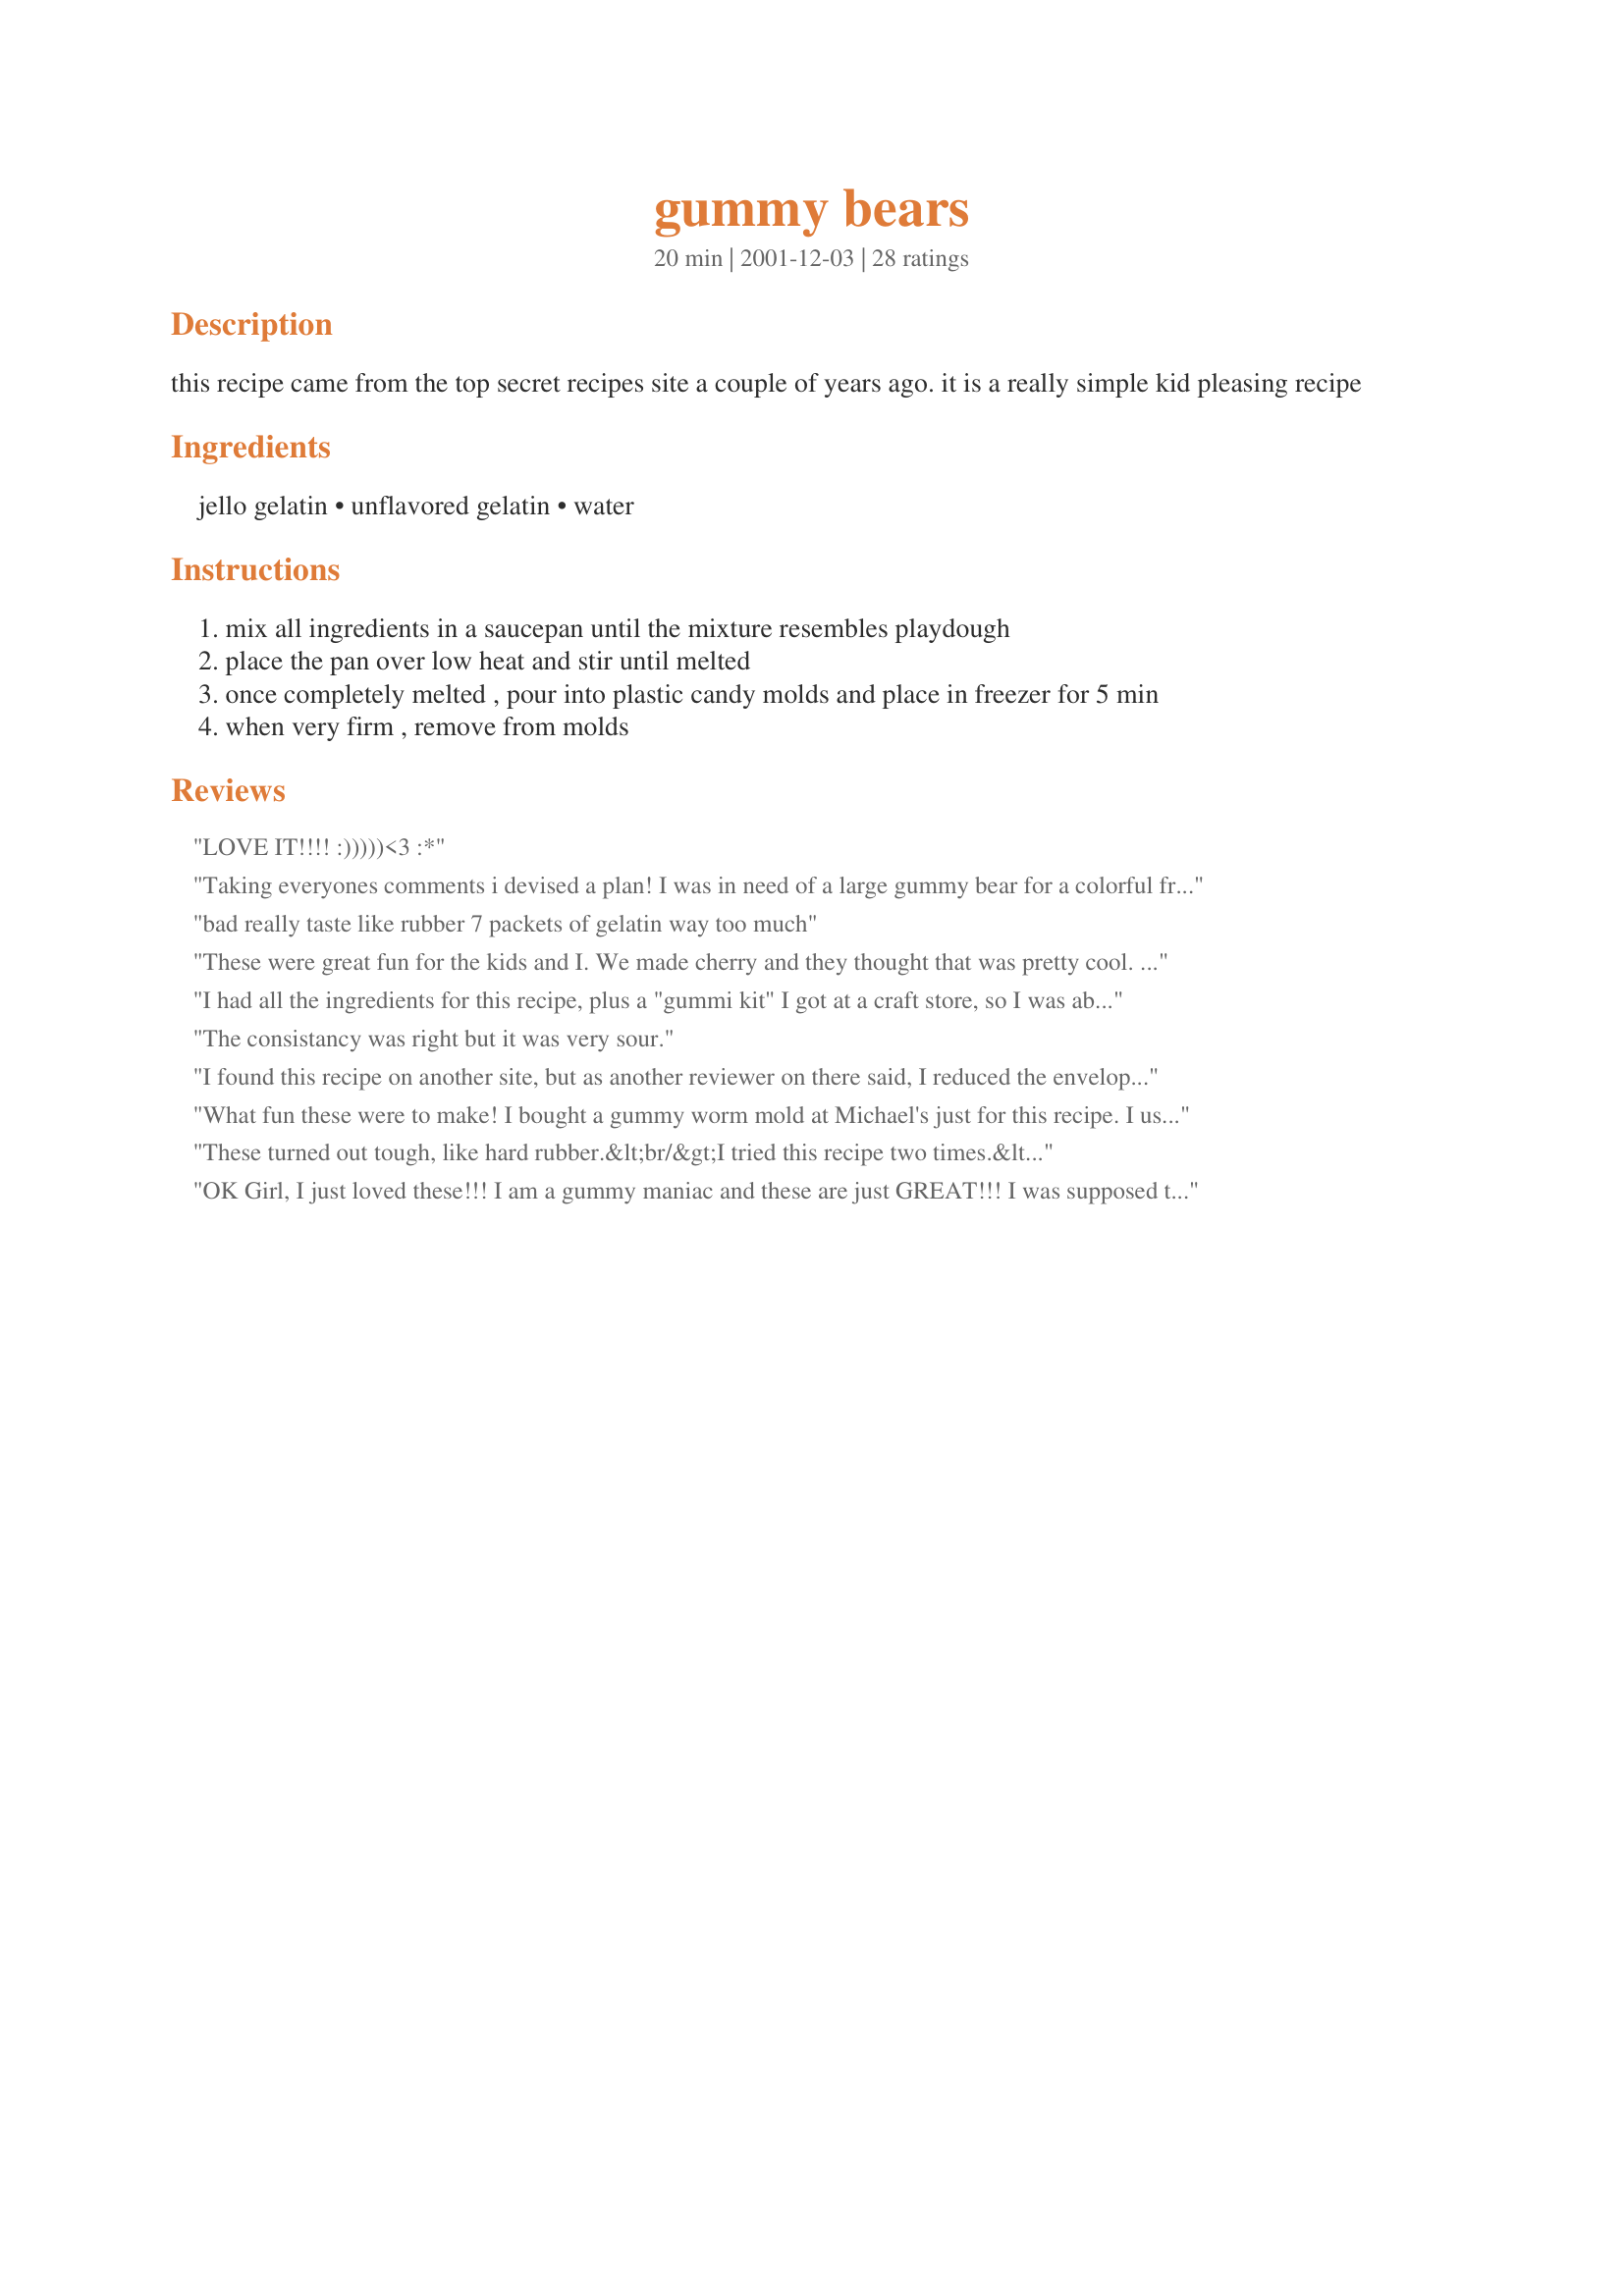
gummy bears
Preparation time: 20 minutes

this recipe came from the top secret recipes site a couple of years ago. it is a really simple kid pleasing recipe

Ingredients:
jello gelatin, unflavored gelatin, water

Steps:
mix all ingredients in a saucepan until the mixture resembles playdough
place the pan over low heat and stir until melted
once completely melted , pour into plastic candy molds and place in freezer for 5 min
when very firm , remove from molds

Reviews:
LOVE IT!!!! :)))))<br/><3 :*
Taking everyones comments i devised a plan! <br/>I was in need of a large gummy bear for a colorful friends birthday, and it went a little like this! ---- 4 3oz. boxes lime jello ----- 2 3oz. boxes lemon jello.----- 12 packets gelatin ------- 3 1/4 cups water ------1/4 cup lemon juice -----cooked on low heat like above----- before pouring in bear cake pan ----- add 1 cup cold water ----- 1 cup tequilla ----- chill in freezer 10 min and waa-la! Carefully peel out onto a cake sheet add googly eyes and some flowers!
bad really taste like rubber 7 packets of gelatin way too much
These were great fun for the kids and I. We made cherry and they thought that was pretty cool. I was expecting something a little different but it was fun and we will be making these again.
I had all the ingredients for this recipe, plus a "gummi kit" I got at a craft store, so I was able to compare the quality of each, and this recipe is hands down better than the more expensive mixes or kits in the stores. The mixes don't make as much, and the quality of those is pretty poor (those gummies ended up sort of sticky gooey, and hard to get out of the molds in one piece). These taste exactly like the storebought readymade gummi things, and MUCH easier to set in molds.

Oh, one thing...the recipe states that the sugar free jello flavors shouldn't be used. Not sure why, because I made up a couple batches of those as well, and it worked wonderfully. Perfect for a diabetic that doesn't want to pay an arm and a leg for candies. Also cuts down the calories considerably.
The consistancy was right but it was very sour.
I found this recipe on another site, but as another reviewer on there said, I reduced the envelopes of gelatin to 5. They were still pretty firm and chewy; in my opinion, any more gelatin would have made them TOO chewy. Overall, they were very good, but I would add a few drops of flavoring next time.
What fun these were to make! I bought a gummy worm mold at Michael's just for this recipe. I used grape flavored Jell-O. I stirred the mixture as in step #1, but it never really got as thick as play dough. They tasted good and the kids loved them. Thanks Mysterygirl!
These turned out tough, like hard rubber.&lt;br/&gt;I tried this recipe two times.&lt;br/&gt;&lt;br/&gt;I would use half the unflavored &lt;br/&gt;I would also add some sort of sweetener/flavoring
OK Girl, I just loved these!!! I am a gummy maniac and these are just GREAT!!! I was supposed to make these with my children but frankly I could not wait for them to help. These did not dissapoint. I made them with green apple jello and got an unbelievable result. Thinking of using lollipop molds and giving them out for Halloween to the neighbors kids. If I don't eat them all first. Thank you for an easy an delicious treat!!!
Like some others, I cut down on the amount of gelatin. I used 5 packs and that was perfect:) My man looooved these, thanks.
Yuck yuck yuck, I did one batch with 7 packages and one batch with 5. Both soooo nasty! They tasted like rubber. My kids were bummed I was bummed. This is no Bueno
hey! this were ok. I used 5 packets like everybody said to, but I still think that it was to much. they were EXTREMELY easy to make, great for younger siblings. I did orange flavor, but next I make them I will probably use a different flavor, as orange wasn't that good. the texture was tough and rubbery, I hate to say. I am hoping that it was just to much gelatin.
This was a lot of fun. I made this with my neices. I poured the mixture onto a pizza pan to cool in the freezer. When I took it out they cut shapes with a cookie cutter and a pizza cutter. Great fun for kids. The taste was very similar to a gummy bear. We used cherry jello for our recipe. Thanks for posting an affordable idea I was able to use.
Thanks for the recipe. I am a kindergarten Girl Scout leader and we made this for our school's science fair. Through this recipe they learned about states of matter and how this went from a solid to a liquid and back. They loved eating their experiment and did a taste test with some store bought candy and felt this was better. 

Only change I made was I put the mixture in the microwave for about 30 seconds instead of doing it on the stovetop.
easy to make...fast....delicious...i used 5 unflavored like everyone said
Bloody Brilliant!!!!
i used only 3 packets & 1/4 cup of water maybe a lil more but it turned out amazing!!! highly recomend watermelon... & make sure you melt it long enough till its really thin.
Tried this and it was a complete bust. Never got thin and it turned out HORRIBLE. Might have been my mistake, but, half a cup of water is just not enough. Hardly filled the bottom.
i can only give them 4 stars and thats just becuase its a purely amazing idea to make your own gummy bears... however they were too rubbery and didnt have very much taste. perhaps i just cooked them a little too long or maybe not long enough
Very easy, and pretty tasty, too. Had my 12-year old help me make these, then told him they had to set in the freezer overnight (not really, but he didn't know that...it actually hardens very quickly). Then I would put them in a Christmas bucket for a present to him after he went to bed. The next day I told him something along the lines of: a) someone ate them all, b) they got bumped while on the table and fell on the floor and got thrown out, c) they became burnt and had to be thrown out, etc. (I made several batches to fill his bucket, you see). He was very thrilled to find them under the Christmas tree!
OMG! So, my husband wanted a giant gummy bear for his birthday. I made this recipe x 5. I bought a teddy bear cake mold. Followed the recipe using 5 packets of gelatin (x5) and 1/4 juice, 1/4 water (x5) melted it in big pot, poured it into the teddy bear cake mold and....abra cadabra! I have a giant gummi bear! I used blue berry jello! BUT HOLD ON! If I were to do this recipe again making a giant gummi bear, I would use 3 packets of Gelatin, and an 6th box of jello. It was so rubbery that we couldn't even pull it apart. It was in-edible! My dog enjoyed it as a chew toy....
I used peach jell-o for the flavoring, and I thought it wasn't quite enough to overcome the bitterness of the unflavored gelatin, but I gave some to my cousins (ages 4 to 10), and they all loved it.

It was a little more rubbery than I had expected, but once again, the texture was a kid-pleaser.
Well mine came out like bricks so thanks for the masonry lesson LOL. Idk what went wrong but I think 7 was too much. I tried with 2 packets of gelatin and 3oz jello with 1/3rd water and that's where the magic began! Making all flavors
I am SOOO excited that I found this recipie. I have always wondered how to make my favorite candy ever and now I know...thank you.
I can't believe this recipe has 4 stars, it was the grossest messiest thing I've ever made. Had no flavor and was as chewy as I would imagine a tire would be. Do not waste your time or money doing this. You have been warned!!!
Turned out great with 5 packets. I've made these before with 7 and it was nasty.

I used black cherry jello. For the liquid I used 1/4 C of blueberry juice (Sneaky Chef idea) and 1/4 C water.

YUM!
Wow, maybe we are just used to having Haribo, which to me is the best, but these were HORRIBLE, me and my children were so disappointed, they were so rubbery (I used 7 packets as suggested). They were so displeasing that I am not even will to try this recipe again with 5 packets. What a waste of money and very disappointing. If anyone has a better recipe, let me know :(
